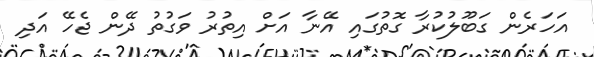
އަހަރެން ގަބޫލުކުރާ ގޮތުގައި އޭނާ އަށް އިތުރު ވަގުތު ދޭން ޖެހޭ އަދި